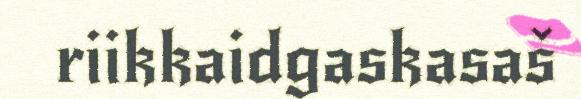
riikkaidgaskasaš